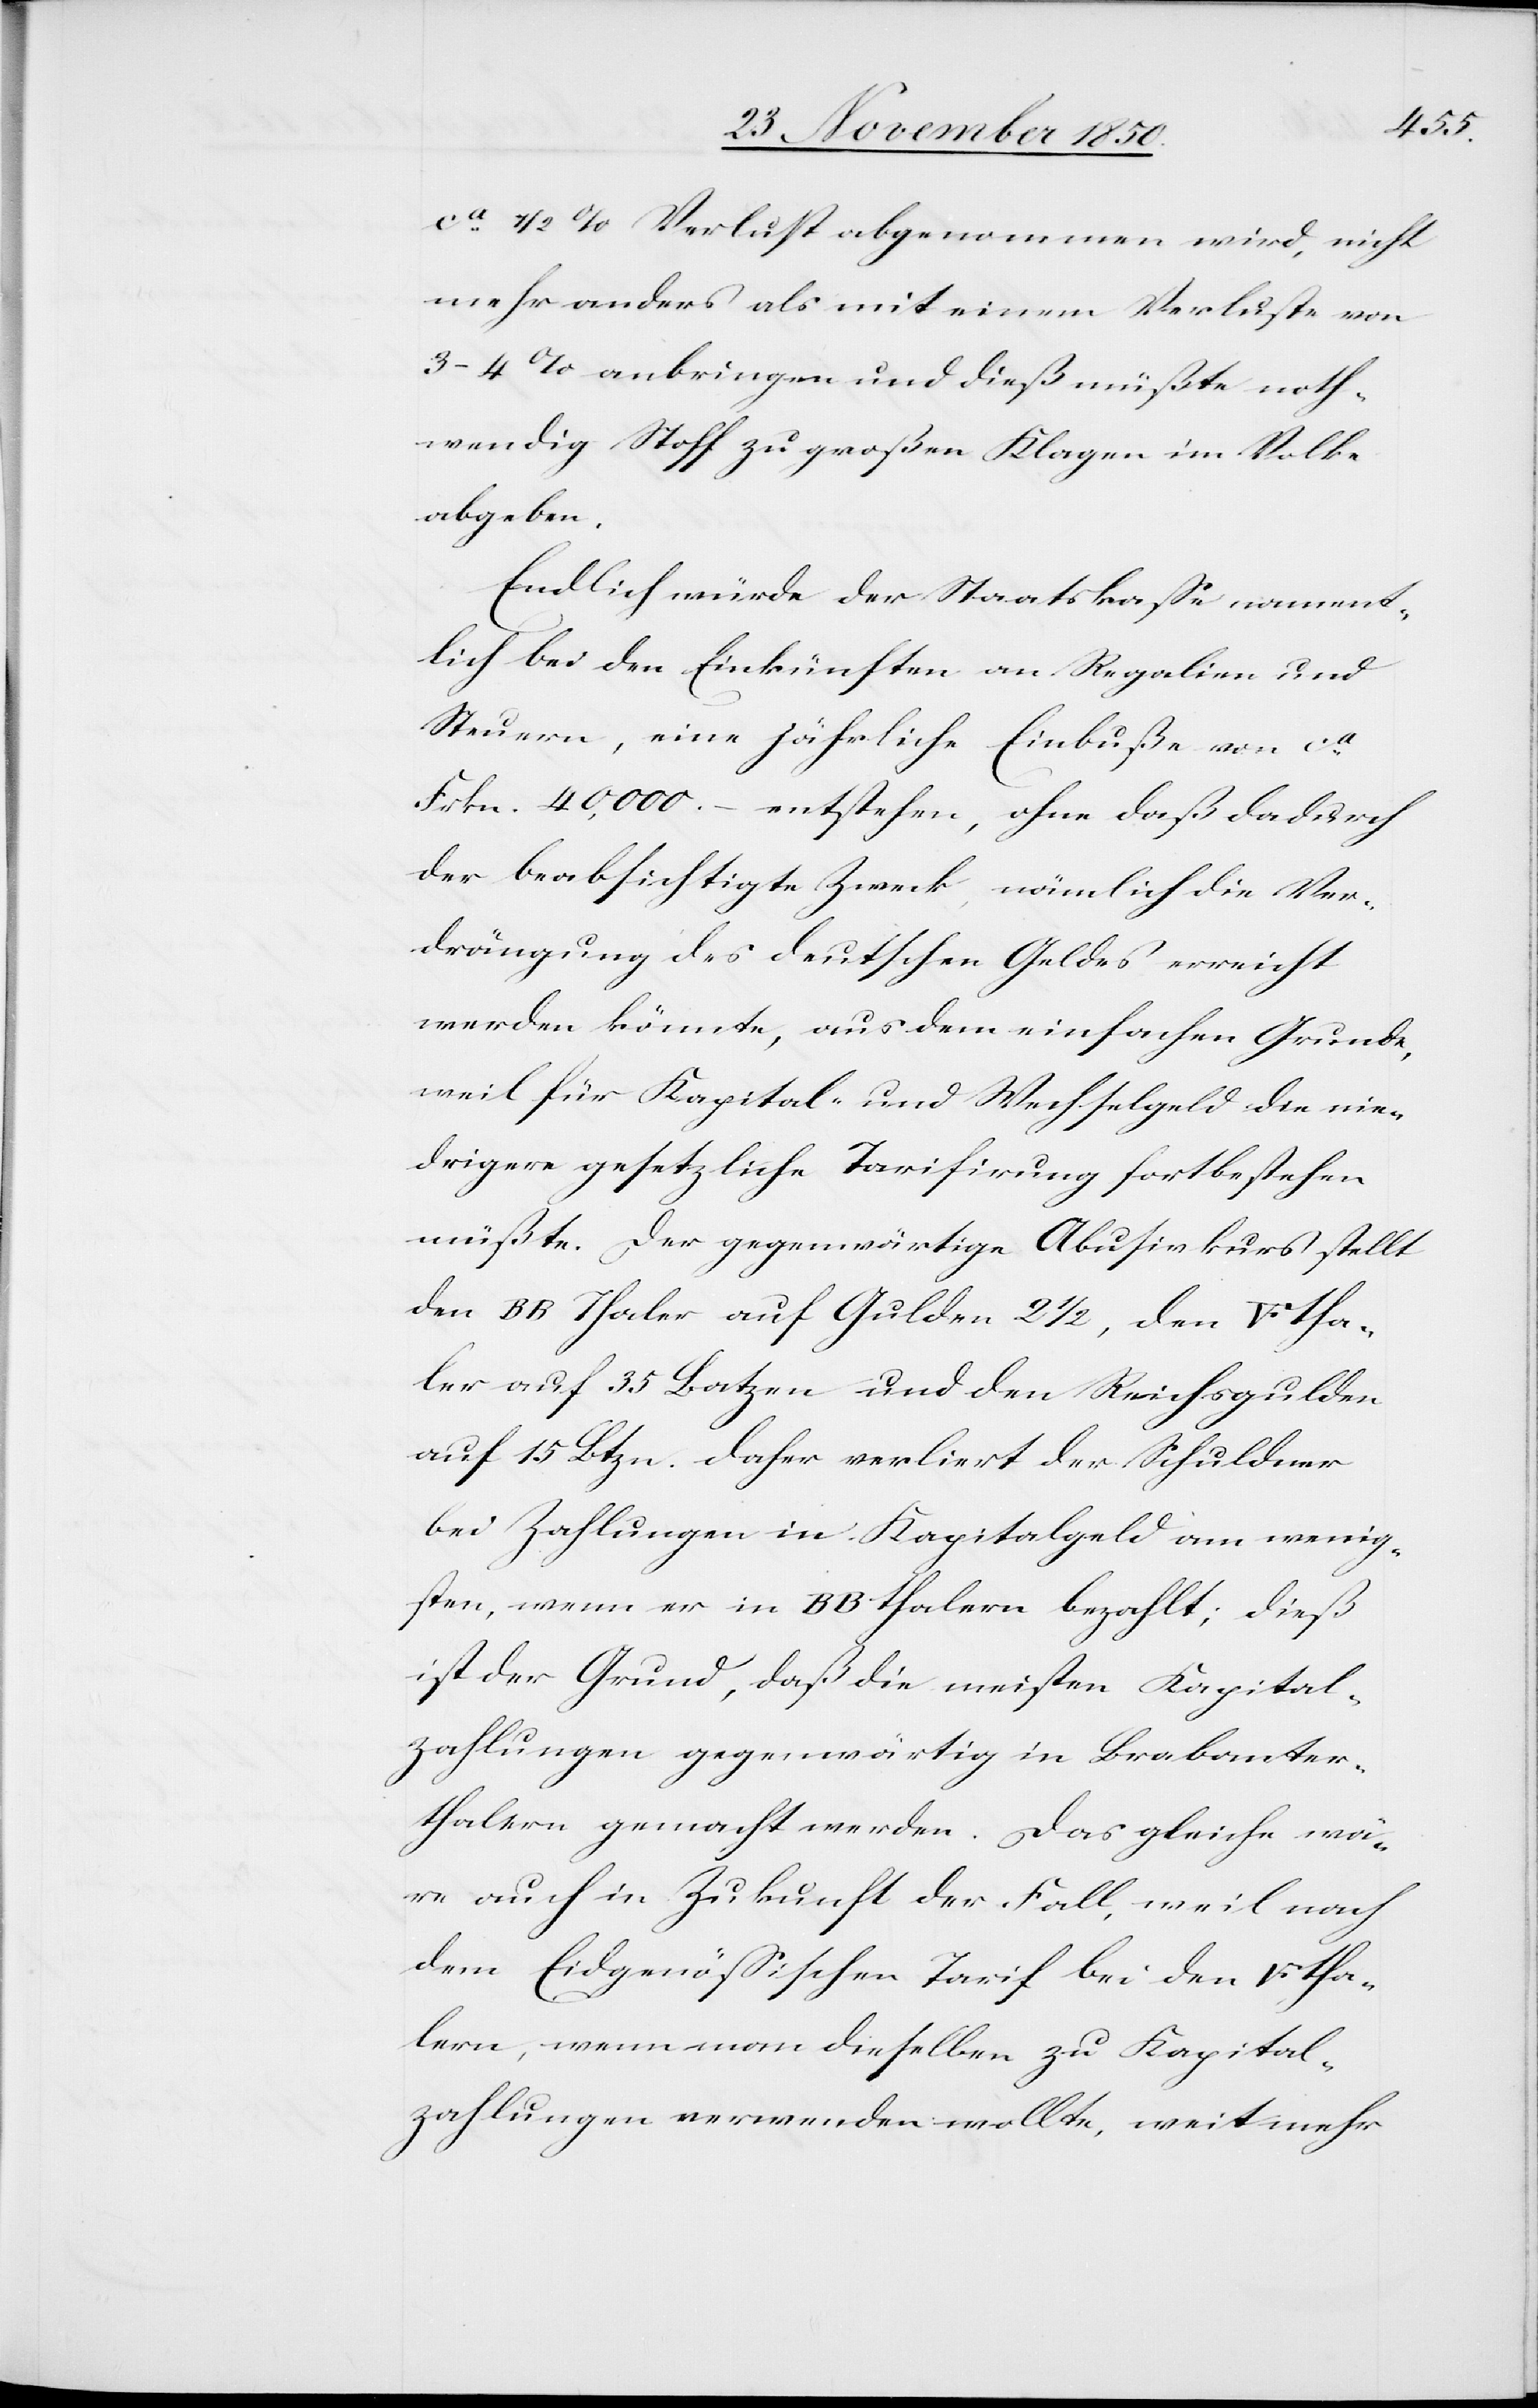
ken]tha¬
ca 1/2 % Verlust abgenommen wird, nicht
mehr anders als mit einem Verluste von
3–4 % anbringen und dieß müßte noth¬
wendig Stoff zu großen Klagen im Volke
abgeben.
Endlich würde der Staatskasse nament¬
lich bei den Einkünften an Regalien und
Steuern, eine jährliche Einbuße von ca
Frkn. 40,000. entstehen, ohne daß dadurch
der beabsichtigte Zweck, nämlich die Ver¬
drängung des deutschen Geldes erreicht
werden könnte, aus dem einfachen Grunde,
weil für Kapital- und Wechselgeld die nie¬
drigere gesetzliche Tarifirung fortbestehen
müßte. Der gegenwärtige Abusivkurs stellt
den BB Thaler auf Gulden 2 1/2, den [Fünffran¬
ler auf 35 Batzen und den Reichsgulden
auf 15 Btzn. Daher verliert der Schuldner
bei Zahlungen in Kapitalgeld am wenig¬
sten, wenn er in BB thalern bezahlt; dieß
ist der Grund, daß die meisten Kapital¬
zahlungen gegenwärtig in Brabanter¬
thalern gemacht werden. Das gleiche wä¬
re auch in Zukunft der Fall, weil nach
dem Eidgenössischen Tarif bei den [Fünffran¬
lern, wenn man dieselben zu Kapital¬
zahlungen verwenden wollte, weit mehr